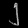
Digit: ၂